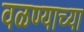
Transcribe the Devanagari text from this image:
वळण्याच्या